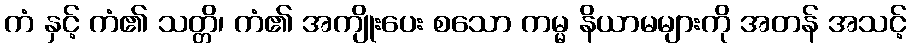
ကံ နှင့် ကံ၏ သတ္တိ၊ ကံ၏ အကျိုးပေး စသော ကမ္မ နိယာမများကို အတန် အသင့်